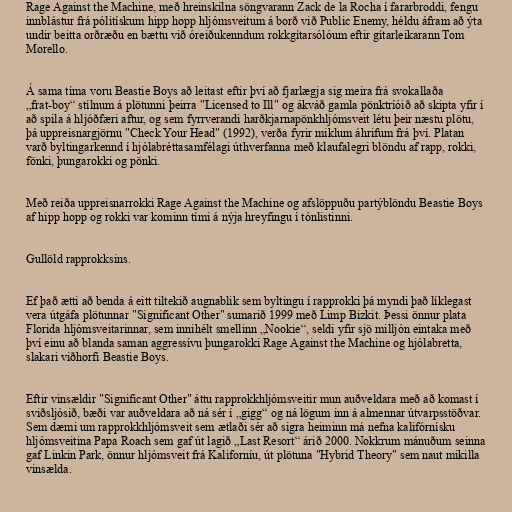
Rage Against the Machine, með hreinskilna söngvarann Zack de la Rocha í fararbroddi, fengu
innblástur frá pólitískum hipp hopp hljómsveitum á borð við Public Enemy, héldu áfram að ýta
undir beitta orðræðu en bættu við óreiðukenndum rokkgítarsólóum eftir gítarleikarann Tom
Morello.

Á sama tíma voru Beastie Boys að leitast eftir því að fjarlægja sig meira frá svokallaða
„frat-boy“ stílnum á plötunni þeirra "Licensed to Ill" og ákváð gamla pönktríóið að skipta yfir í
að spila á hljóðfæri aftur, og sem fyrrverandi harðkjarnapönkhljómsveit létu þeir næstu plötu,
þá uppreisnargjörnu "Check Your Head" (1992), verða fyrir miklum áhrifum frá því. Platan
varð byltingarkennd í hjólabréttasamfélagi úthverfanna með klaufalegri blöndu af rapp, rokki,
fönki, þungarokki og pönki.

Með reiða uppreisnarrokki Rage Against the Machine og afslöppuðu partýblöndu Beastie Boys
af hipp hopp og rokki var kominn tími á nýja hreyfingu í tónlistinni.

Gullöld rapprokksins.

Ef það ætti að benda á eitt tiltekið augnablik sem byltingu í rapprokki þá myndi það líklegast
vera útgáfa plötunnar "Significant Other" sumarið 1999 með Limp Bizkit. Þessi önnur plata
Florida hljómsveitarinnar, sem innihélt smellinn „Nookie“, seldi yfir sjö milljón eintaka með
því einu að blanda saman aggressívu þungarokki Rage Against the Machine og hjólabretta,
slakari viðhorfi Beastie Boys.

Eftir vinsældir "Significant Other" áttu rapprokkhljómsveitir mun auðveldara með að komast í
sviðsljósið, bæði var auðveldara að ná sér í „gigg“ og ná lögum inn á almennar útvarpsstöðvar.
Sem dæmi um rapprokkhljómsveit sem ætlaði sér að sigra heiminn má nefna kalifórnísku
hljómsveitina Papa Roach sem gaf út lagið „Last Resort“ árið 2000. Nokkrum mánuðum seinna
gaf Linkin Park, önnur hljómsveit frá Kaliforníu, út plötuna "Hybrid Theory" sem naut mikilla
vinsælda.